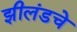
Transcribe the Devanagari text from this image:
झीलंडचे